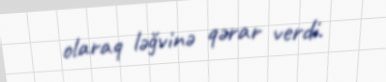
olaraq ləğvinə qərar verdi.